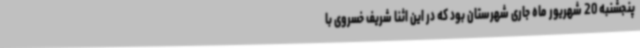
پنجشنبه 20 شهریور ماه جاری شهرستان بود که در این اثنا شریف خسروی با